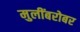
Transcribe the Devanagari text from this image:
मुलींबरोबर